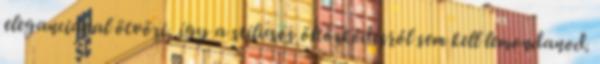
eleganciával ötvözi, így a stílusos öltözködésről sem kell lemondanod.